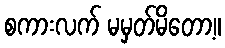
စကားလက် မမှတ်မိတော့။